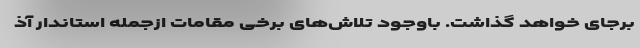
برجای خواهد گذاشت. باوجود تلاش‌های برخی مقامات ازجمله استاندار آذ